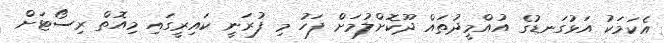
އެކަމަކު އަޅުގަނޑުގެ އުއްމީދުތައް ދޫކޮށްލުމަށް ފަހު މި ފުރަނީ ކައިރީގައި މިއޮތް ރިސޯޓަށް